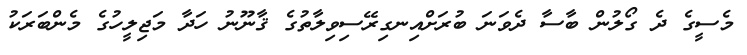
މެސީގެ ދެ ގޯލުން ބާސާ ދެވަނަ ބުރަށްއިނގިރޭސިވިލާތުގެ ޤާނޫނު ހަދާ މަޖިލީހުގެ މެންބަރަކު